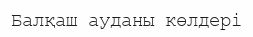
Балқаш ауданы көлдері